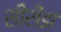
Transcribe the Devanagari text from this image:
सीरीझ